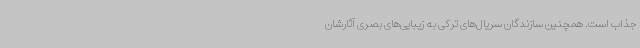
جذاب است. همچنین سازندگان سریال‌های ترکی به زیبایی‌های بصری آثارشان